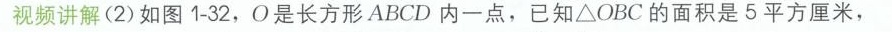
视频讲解(2)如图1-32，O是长方形ABCD内一点，已知\bigtriangleup OBC的面积是5平方厘米，